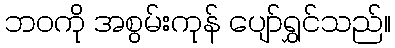
ဘဝကို အစွမ်းကုန် ပျော်ရွှင်သည်။